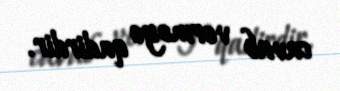
cavab verməyə qadirdir.